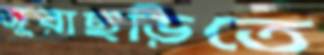
জুরাছড়িতে